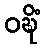
ဝဍ္ဎိံ